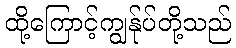
ထို့ကြောင့်ကျွန်ုပ်တို့သည်